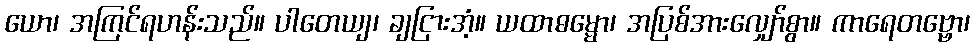
ယော၊ အကြင်ရဟန်းသည်။ ပါတေယျ၊ ချငြားအံ့။ ယထာဓမ္မော၊ အပြစ်အားလျှော်စွာ။ ကာရေတဗ္ဗော၊